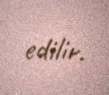
edilir.